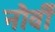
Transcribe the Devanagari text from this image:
नौवीँ